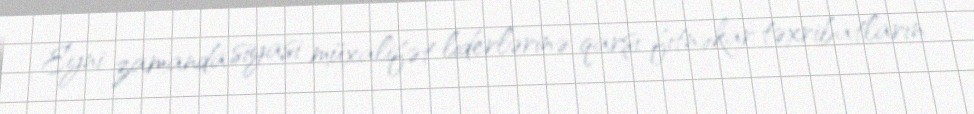
Eyni zamanda siyasi müxalifət liderlərinə qarşı fitnəkar təxribatların